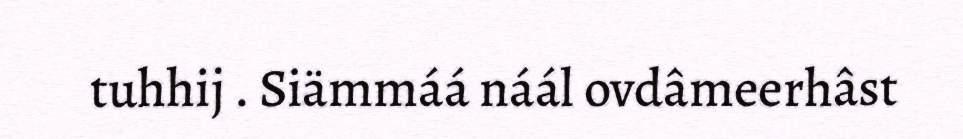
tuhhij . Siämmáá náál ovdâmeerhâst